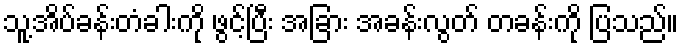
သူ့အိပ်ခန်းတံခါးကို ဖွင့်ပြီး အခြား အခန်းလွတ် တခန်းကို ပြသည်။